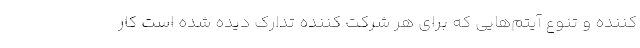
کننده و تنوع آیتم‌هایی که برای هر شرکت کننده تدارک دیده شده است کار